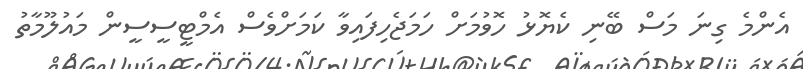
އެންމެ ގިނަ މަސް ބޭނި ކެޔޮޅު ހޮވުމަށް ހަމަޖެހިފައިވާ ކަމަށްވެސް އެމްޓީސީސީން މައުލޫމާތު